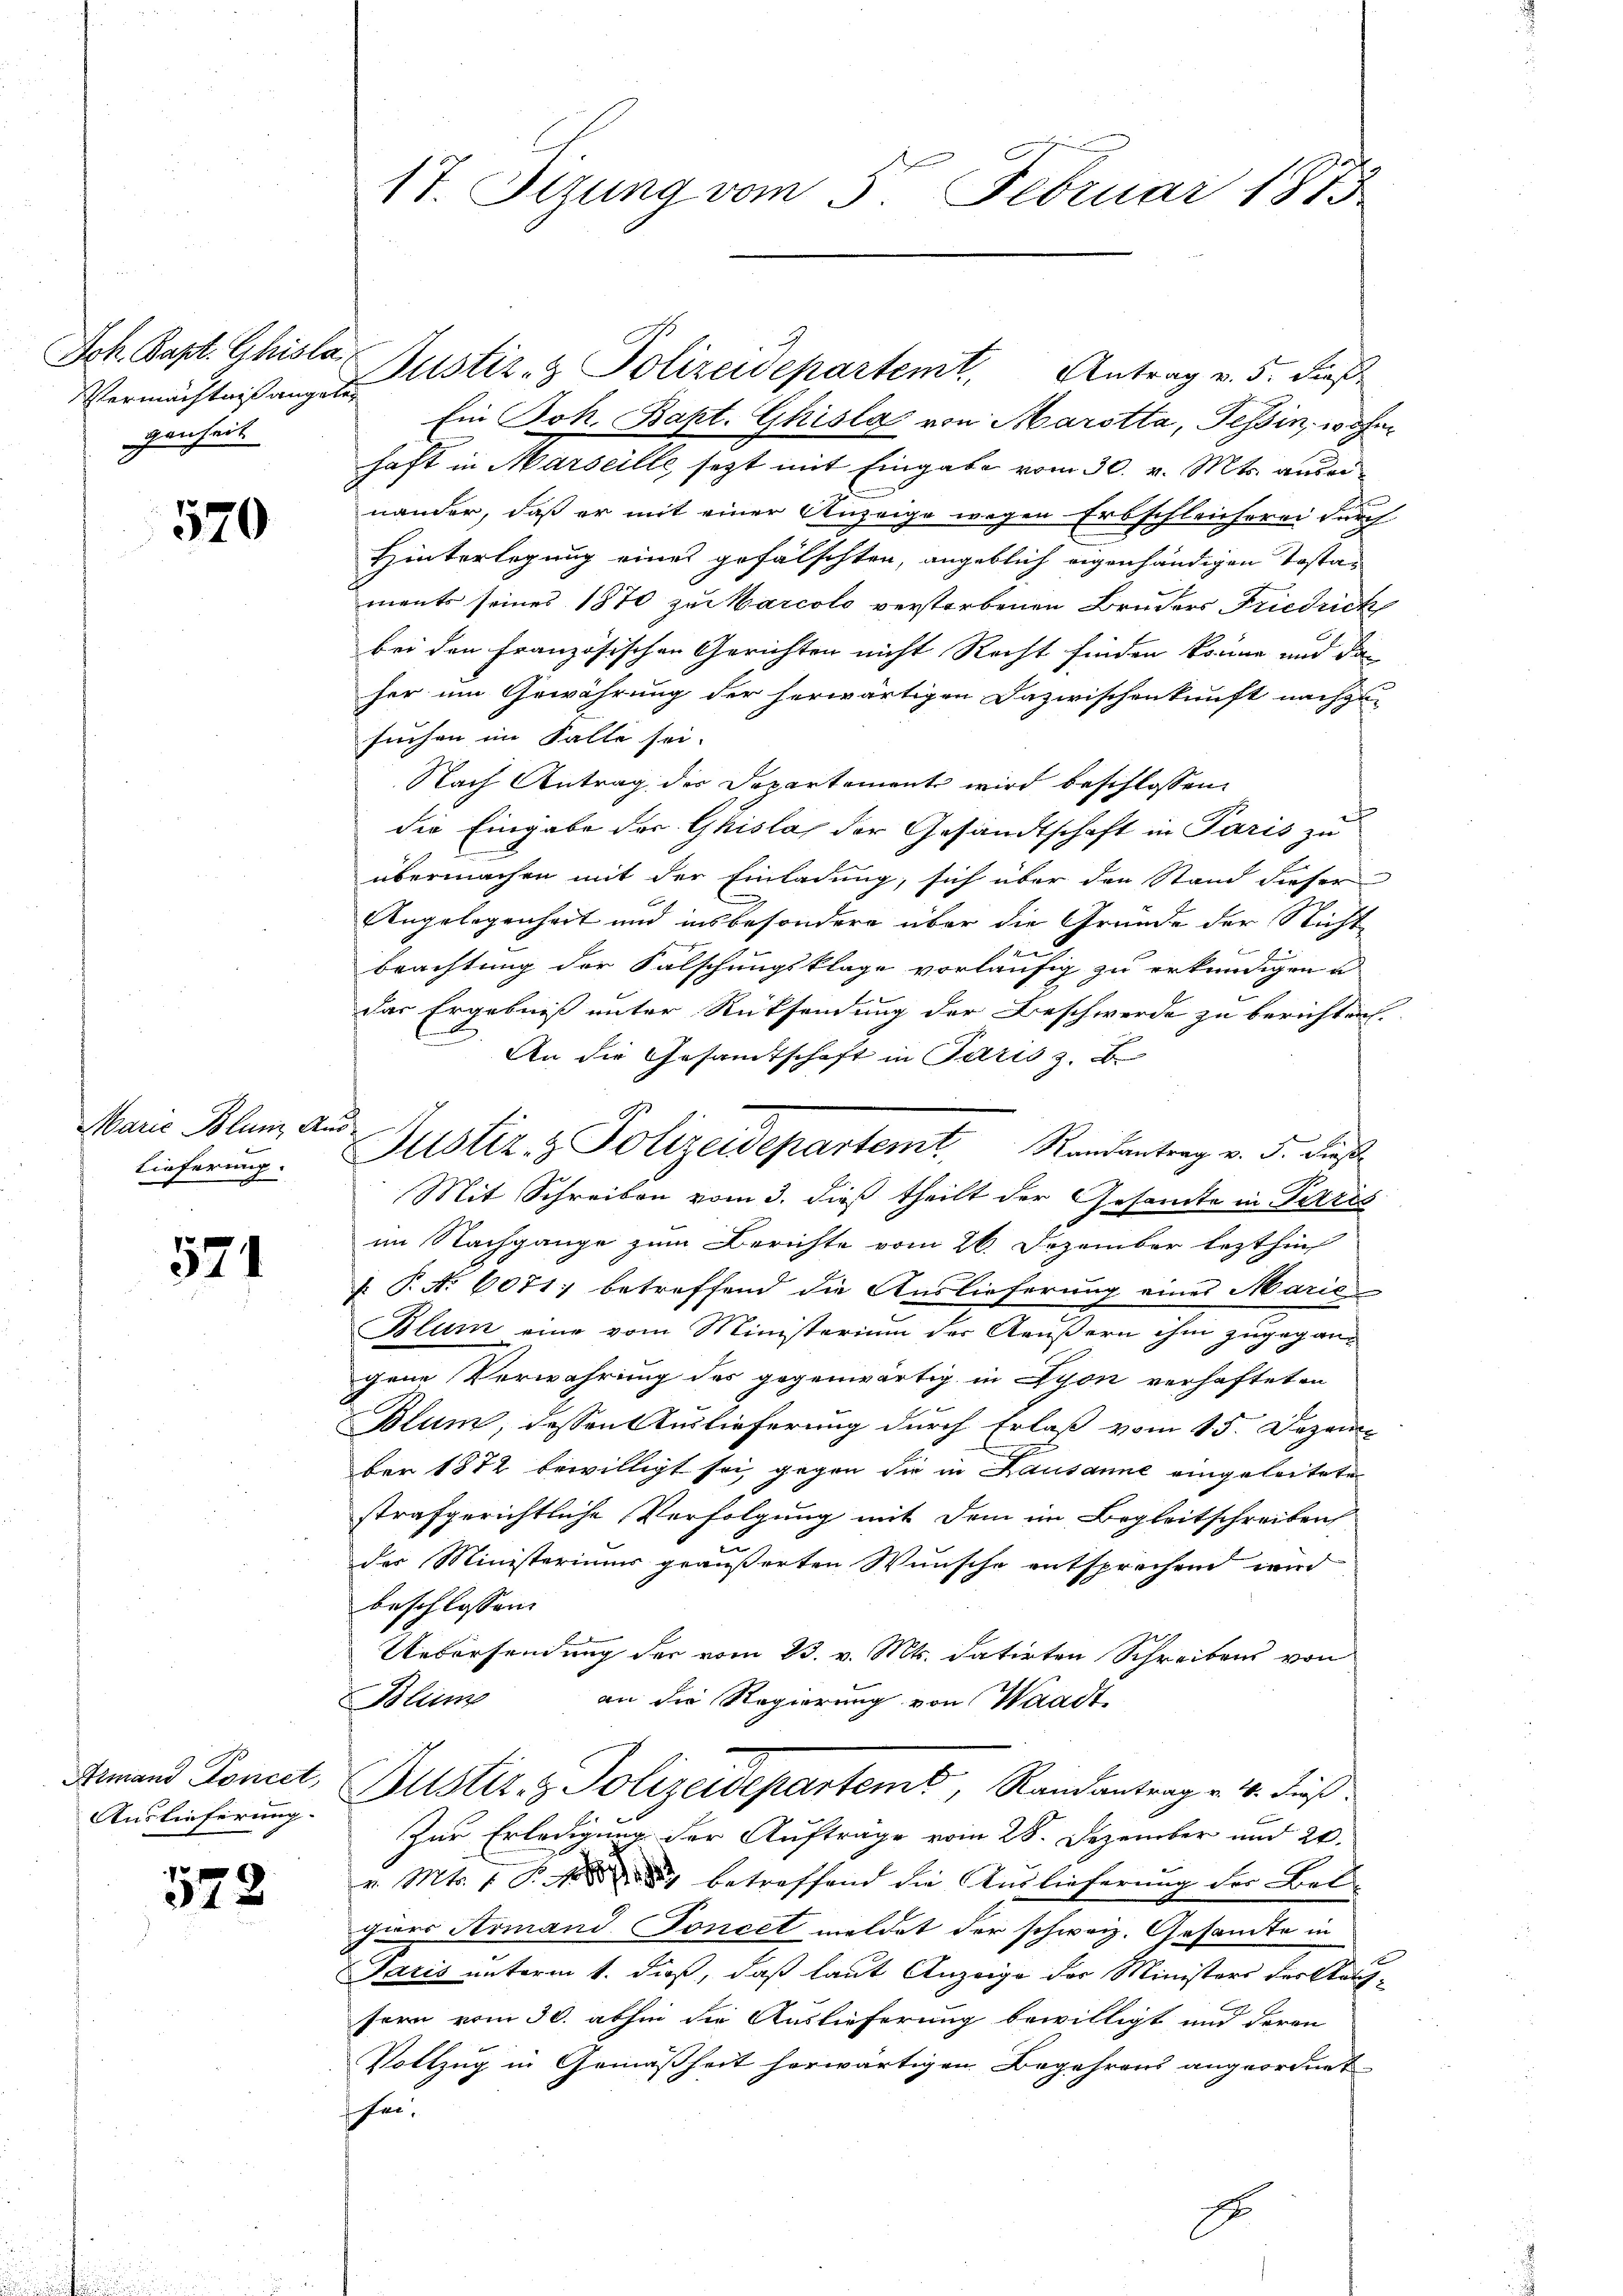
Joh. Bapt. Chisla
Vermächtniß angeben
genheit

570

Marie Blum, A.
Lieferung.

571

Armand Koncet,
Auslieferung.

f
312

h

17. Sizung vom 5. Februar 1875

Justiz- & Polizeidepartemt, Antrag v. 5. dieß
Ein Joh. Bapt. Ghisla von Marotta, Tessin, wohn
haft in Marseille, setzt mit Eingabe vom 30. v. Mts. auseinander, daß er mit einer Anzeige wegen Erbschleicherei durch
Hinterlegung eines gefälschten, angeblich eigenhändigen Testa- |
ments seines 1870 zur Marcolo verstorbenen Bruders Friedrich
bei den Französischen Gerichten nicht Recht finden könne und da
her um Gewährung der herwärtigen Dazwischenkunft nachzu-
suchen im Falle sei.
Nach Antrag der Departemente wird beschlossen:
s
die Eingabe der Ghislas der Gesandtschaft in Paris zu
übermachen mit der Einladung, sich über den Stand dieser
Angelegenheit und insbesondere über die Grunde der Nicht
x
Beachtung der Falschungsklage vorläufig zu erkundigen u
das Ergebniß unter Rücksendung der Beschwerde zu berichten.
An die Gesamtschaft in Paris z. B.
Mit Schreiben vom 3. dieß theilt der Gesandte in Paris
im Nachgange zum Berichte vom 26. Dezember lezthin
 P. Nr. 6071; betreffend die Auslieferung eines Marie
Blum eine vom Ministerium der Aeußern ihm zugegangene Verwahrung des gegenwärtig in Nyon verhafteten
Blum, dessen Auslieferung durch Erlaß vom 15. Dezem
e
ber 1872 bewilligt sei, gegen die in Lausanne eingeleitete
strafgerichtliche Verfolgung mit dem im Begleitschreiben
der Ministeriums geäußerten Wunsche entsprechen wird
beschlossen:
Uebersendung der vom 23. v. Mts. datirten Schreibens von
Blum
an die Regierung von Waadt,
Bustiz- & Polizeidepartemt, Randantrag v. 4. dieß.
2
Zur Erledigung der Auftrage vom 28. Dezember und 20.
v. Mts. f. S. 102) betreffend die Auslieferung der Belgiers Armand Poncet meldet der schweiz. Gesandte in
Paris unterm 1. dieß, daß laut Anzeige der Ministers der Kauf-
fern vom 30. abhin die Auslieferung bewilligt und deren
Vollzug in Gemäßheit herwärtigen Begehrens angeordnet
hen.
E

9
Justiz- & Polizeidepartemt Randantrag v. 5. dieß